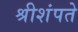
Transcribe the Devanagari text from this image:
श्रीशंपते